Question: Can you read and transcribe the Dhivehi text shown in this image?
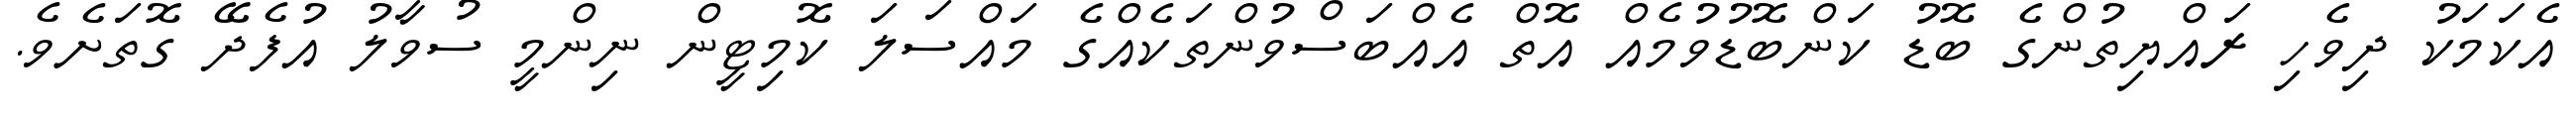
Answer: އެކަމަކު ދިވެހި ރައްޔިތުންގެ ބޮޑު ކަންބޮޑުވުމެއް އޮތް އެއްބަސްވުންތަކެއްގެ މައްސަލަ ކޮމިޓީން ނިންމީ ސުވާލު އުފެދޭ ގޮތަށެވެ.